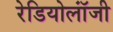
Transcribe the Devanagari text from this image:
रेडियोलॉंजी